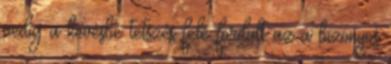
pedig a kevésbé tetszés felé fordult az a bizonyos